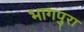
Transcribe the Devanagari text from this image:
भागपुरा